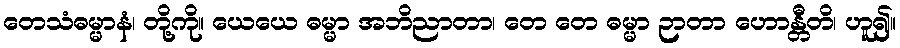
တေသံဓမ္မာနံ၊ တို့ကို။ ယေယေ ဓမ္မာ အဘိညာတာ၊ တေ တေ ဓမ္မာ ဉာတာ ဟောန္တီတိ၊ ဟူ၍။